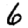
Digit: 6